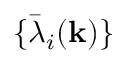
\{ { \bar { \lambda } } _ { i } ( { \bf k } ) \}